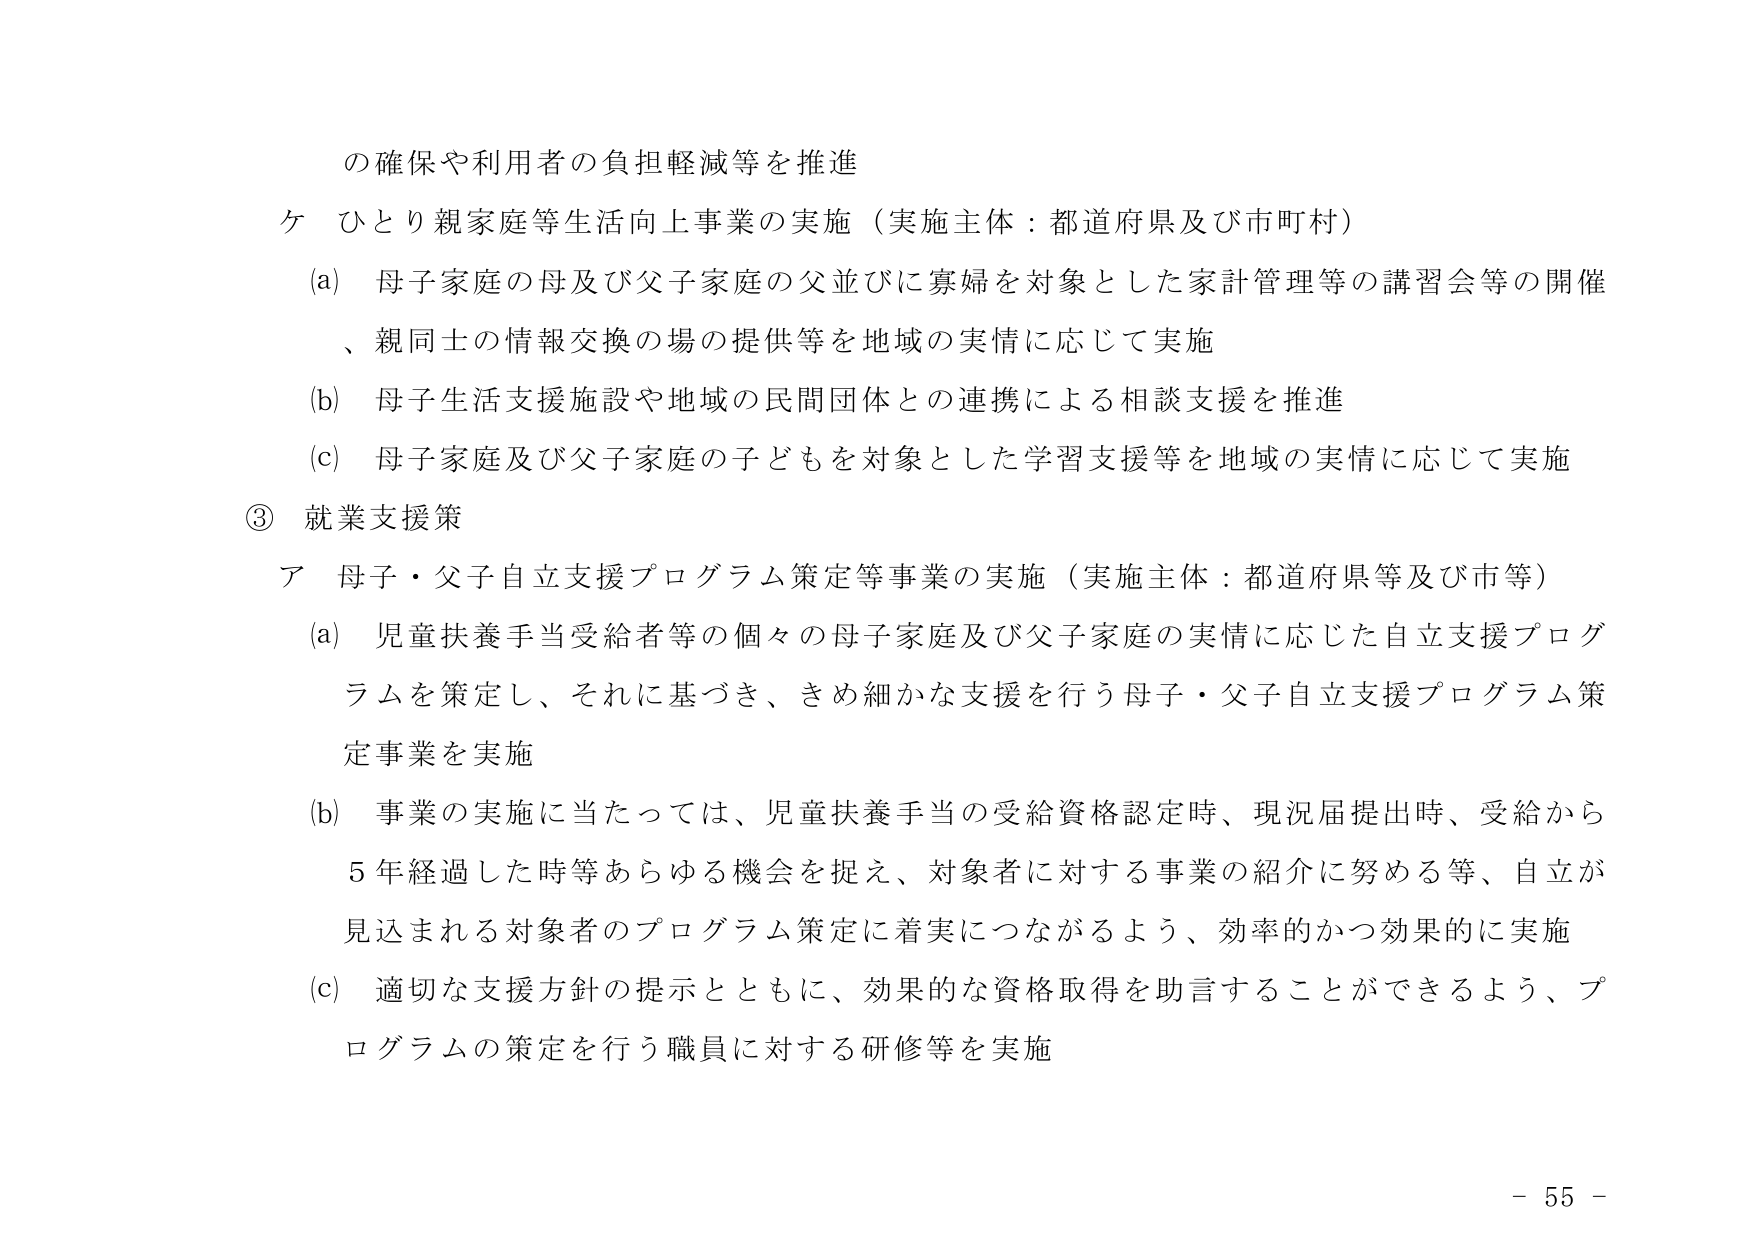
の確保や利用者の負担軽減等を推進
ケ ひとり親家庭等生活向上事業の実施（実施主体：都道府県及び市町村）
(a) 母子家庭の母及び父子家庭の父並びに寡婦を対象とした家計管理等の講習会等の開催、親同士の情報交換の場の提供等を地域の実情に応じて実施
(b) 母子生活支援施設や地域の民間団体との連携による相談支援を推進
(c) 母子家庭及び父子家庭の子どもを対象とした学習支援等を地域の実情に応じて実施
③ 就業支援策
ア 母子・父子自立支援プログラム策定等事業の実施（実施主体：都道府県等及び市等）
(a) 児童扶養手当受給者等の個々の母子家庭及び父子家庭の実情に応じた自立支援プログラムを策定し、それに基づき、きめ細かな支援を行う母子・父子自立支援プログラム策定事業を実施
(b) 事業の実施に当たっては、児童扶養手当の受給資格認定時、現況届提出時、受給から5年経過した時等あらゆる機会を捉え、対象者に対する事業の紹介に努める等、自立が見込まれる対象者のプログラム策定に着実につながるよう、効率的かつ効果的に実施
(c) 適切な支援方針の提示とともに、効果的な資格取得を助言することができるよう、プログラムの策定を行う職員に対する研修等を実施
- 55 -